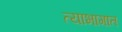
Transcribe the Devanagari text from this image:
त्याभागात